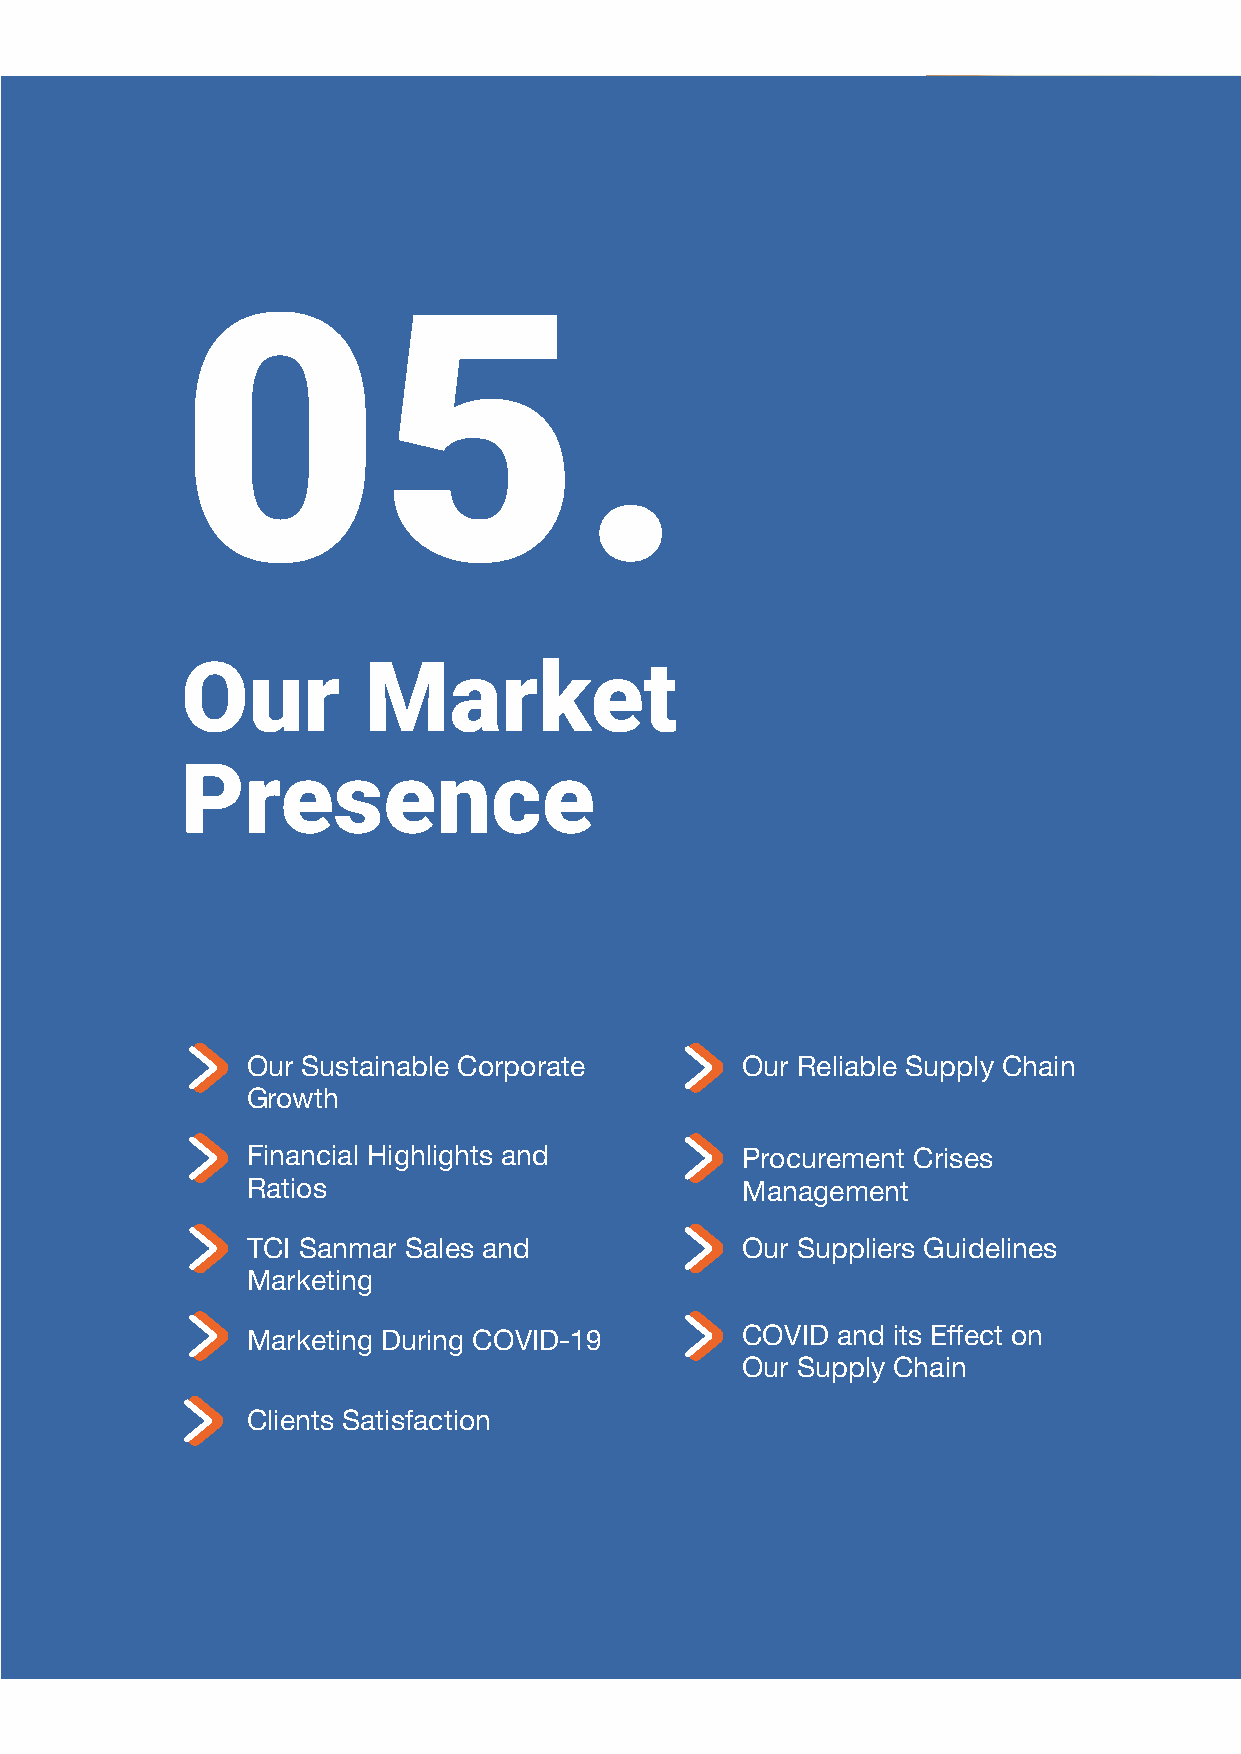
05.
 Our         Market
 Presence
 Our Sustainable Corporate        Our Reliable Supply Chain
 Growth
 Financial Highlights and         Procurement Crises
 Ratios                           Management
 TCI Sanmar Sales and             Our Suppliers Guidelines
 Marketing
 Marketing During COVID-19        COVID and its Effect on
 Our Supply Chain
 Clients Satisfaction
 60 TCI SANMAR CHEMICALS S.A.E